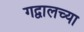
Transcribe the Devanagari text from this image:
गद्वालच्या